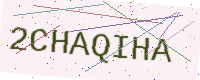
Text: 2CHAQIHA